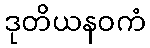
ဒုတိယနဝကံ